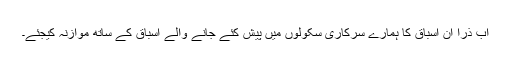
اب ذرا اِن اسباق کا ہمارے سرکاری سکولوں میں پیش کئے جانے والے اسباق کے ساتھ موازنہ کیجئے۔